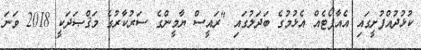
ކުޅުދުއްފުށީގައި އެއާޕޯޓެއް އެޅުމުގެ ބަދަލުގައި "ރައީސް ޔާމީންގެ ސަރުކާރުގެ މަޤްޞަދަކީ 2018 ވަނަ